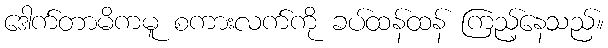
ဒေါက်တာမိကမူ စကားလက်ကို ခပ်ထန်ထန် ကြည့်နေသည်။